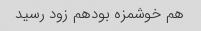
هم خوشمزه بودهم زود رسید